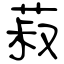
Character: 菽